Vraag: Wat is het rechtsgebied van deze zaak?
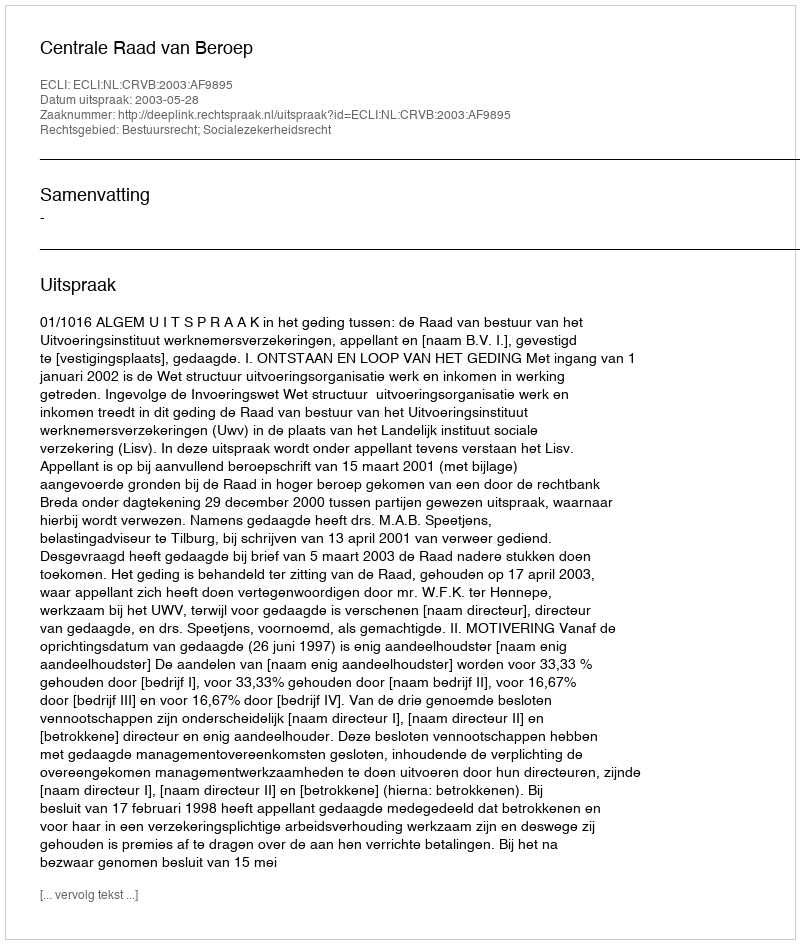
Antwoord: Bestuursrecht; Socialezekerheidsrecht